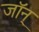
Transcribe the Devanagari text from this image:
जॉन्